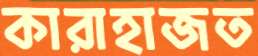
কারাহাজত